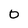
Character: 0